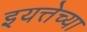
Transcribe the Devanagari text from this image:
इयत्तेच्या